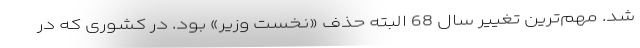
شد. مهم‌ترین تغییر سال 68 البته حذف «نخست وزیر» بود. در کشوری که در